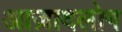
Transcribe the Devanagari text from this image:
आज़ादलोग